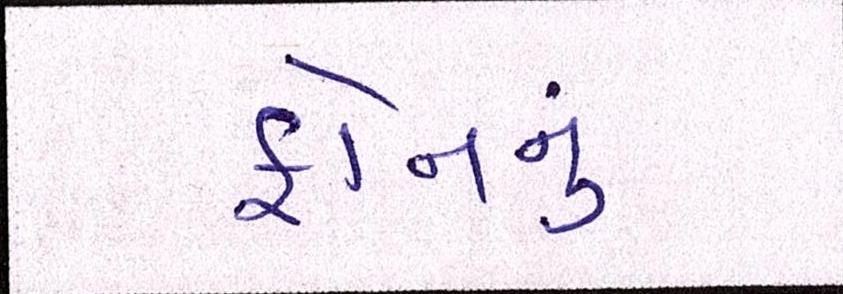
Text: ફોનનું